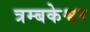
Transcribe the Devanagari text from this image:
त्रम्बकेश्वर